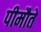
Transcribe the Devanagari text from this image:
पीमौते